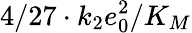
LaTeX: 4/27\cdot k_{2}e_{0}^{2}/K_{M}